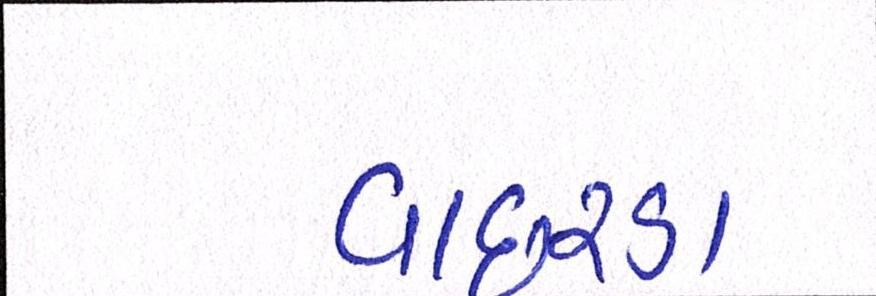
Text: વાછરડા